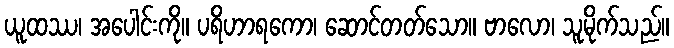
ယူထဿ၊ အပေါင်းကို။ ပရိဟာရကော၊ ဆောင်တတ်သော။ ဗာလော၊ သူမိုက်သည်။